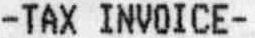
-TAX INVOICE-